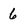
Character: 6